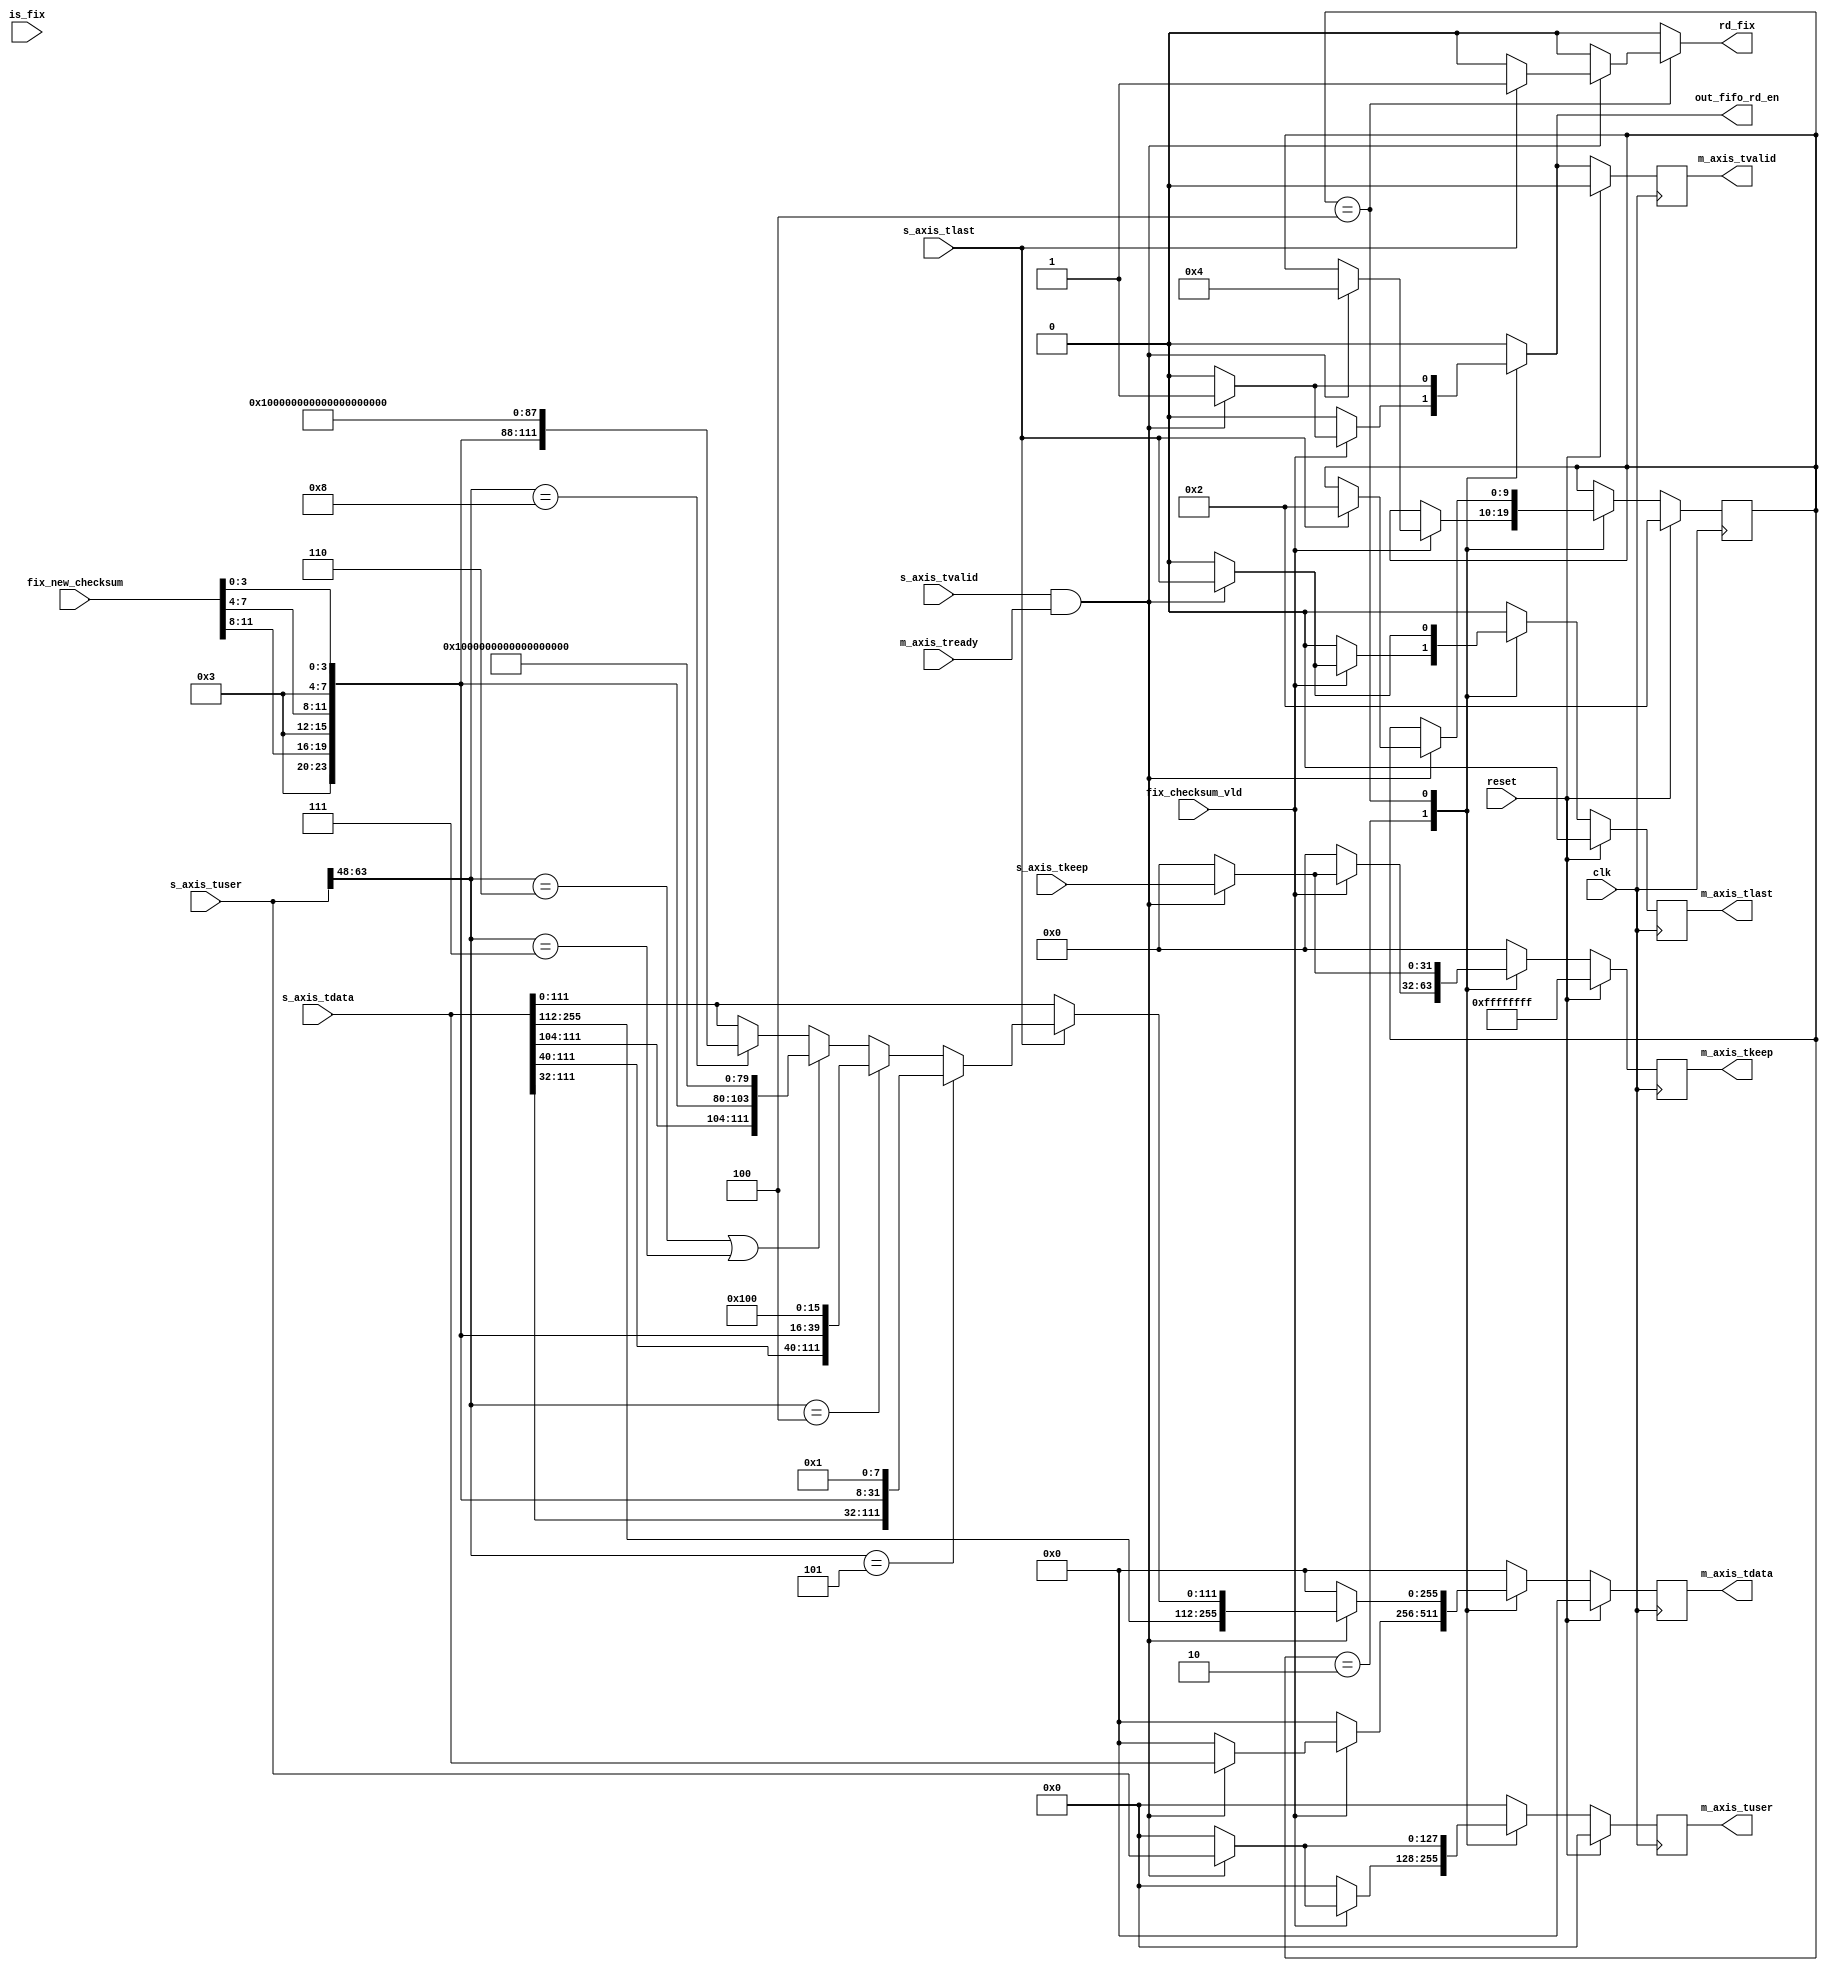
///////////////////////////////////////////////////////////////////////////////
//
// Module: pkt_buffer.v
// Description: pkt buffer for tcp checksum
//              
//              
//
///////////////////////////////////////////////////////////////////////////////
`timescale 1ns/100ps
module pkt_buffer_fix_checksum
  #(//Master AXI Stream Data Width
    parameter C_M_AXIS_DATA_WIDTH = 256,
    parameter C_S_AXIS_DATA_WIDTH = 256,
    parameter C_M_AXIS_TUSER_WIDTH  = 128,
    parameter C_S_AXIS_TUSER_WIDTH  = 128 )
  (// --- interface to input fifo - fallthrough

    // Global Ports
    input clk,
    input reset,

    // Master Stream Ports (interface to data path)
    output reg[C_M_AXIS_DATA_WIDTH - 1:0]          m_axis_tdata,
    output reg[((C_M_AXIS_DATA_WIDTH / 8)) - 1:0]  m_axis_tkeep,
    output reg                                     m_axis_tvalid,
    input                                          m_axis_tready,
    output reg                                     m_axis_tlast,
    output reg[C_M_AXIS_TUSER_WIDTH -1 :0]	   m_axis_tuser,

    // Slave Stream Ports (interface to RX queues)
    input [C_S_AXIS_DATA_WIDTH - 1:0]              s_axis_tdata,
    input [((C_S_AXIS_DATA_WIDTH / 8)) - 1:0]      s_axis_tkeep,
    input                                          s_axis_tvalid,
   // output reg                                     s_axis_tready,
    input                                          s_axis_tlast,
    input[C_S_AXIS_TUSER_WIDTH-1:0]	  	   s_axis_tuser,
  

   //output reg 			                        in_rdy_buff,
   output reg                                       rd_fix,
   input [11:0]			                    fix_new_checksum,
   input			                    fix_checksum_vld,   
   input			                    is_fix,

   output reg                                       out_fifo_rd_en

   
  );

   function integer log2;
      input integer number;
      begin
         log2=0;
         while(2**log2<number) begin
            log2=log2+1;
         end
      end
   endfunction // log2
   
   //---------------------- Internal parameters -------------------------
   localparam WAIT = 1;
   localparam WORD_1 = 2;
   localparam WORD_2 = 4;
   localparam WORD_3 = 8;
   localparam WORD_4 = 16;
   localparam PASS_PKT = 32;
   localparam END = 64;
   localparam NUM_STATES = 10;
   //---------------------- Wires and regs -------------------------
   reg [NUM_STATES-1:0] state;
   reg [NUM_STATES-1:0] state_next;

   reg [C_M_AXIS_DATA_WIDTH-1:0]     out_tdata_next;
   reg [(C_M_AXIS_DATA_WIDTH/8)-1:0] out_tkeep_next;
   reg                               out_tvalid_next;
   reg [C_M_AXIS_TUSER_WIDTH-1:0]   out_tuser_next;
   reg				     out_tlast_next;
   reg				     out_fifo_rd_en_next;

   reg counter;
   reg counter_next;


   //-------------------------- Logic ------------------------------

     
   always @(*) begin
        out_tkeep_next  = 32'h0;
        out_tdata_next  = 256'h0;
	out_tuser_next  = 128'h0;
	out_tlast_next  = 0;
        out_tvalid_next = 0;
	rd_fix ='b0;
        out_fifo_rd_en = 'b0;
	state_next = state;
	counter_next = counter;
        case(state)
//            WAIT: begin
/*
		if(fix_checksum_vld)begin
			if(s_axis_tuser[47:32]==16'h01)begin //TCP packet
				state_next = PASS_PKT;
			end
			if(s_axis_tuser[47:32]==16'h02)begin //FIX packet
				state_next = WORD_1;
			end
		end
*/
		/*
                if(s_axis_tvalid && m_axis_tready) begin
                                out_fifo_rd_en = 1;
                                m_axis_tdata_next = s_axis_tdata;
                                m_axis_tuser_next = s_axis_tuser;
                                m_axis_tlast_next = s_axis_tlast;
                                m_axis_tkeep_next = s_axis_tkeep;
                                m_axis_tvalid_next = 1;
				
                                
                end
		*/
//            end
/*
	    PASS_PKT: begin
		if(s_axis_tvalid && m_axis_tready)begin
			   out_fifo_rd_en = 1;
                           out_tkeep_next = s_axis_tkeep;
                           out_tlast_next = s_axis_tlast;
                           out_tuser_next = s_axis_tuser;
                           out_tdata_next = s_axis_tdata;
                           out_tvalid_next = 1;
			   counter_next = counter_next + 1;
			   if(s_axis_tlast && s_axis_tvalid)begin
				state_next = WAIT;
				rd_fix = 1;
			   end		
		end
	    end
*/ 
            WORD_1: begin
		if(fix_checksum_vld) begin
                	if(s_axis_tvalid && m_axis_tready) begin
        	    	   out_fifo_rd_en = 1;
			   out_tkeep_next = s_axis_tkeep;
			   out_tlast_next = s_axis_tlast;
			   out_tuser_next = s_axis_tuser;
                           out_tdata_next = s_axis_tdata;
                           out_tvalid_next = 1;
                    	   state_next = WORD_2;
               		end
		end
            end


            WORD_2: begin
                  if(s_axis_tvalid && m_axis_tready) begin
        	    out_fifo_rd_en = 1;
		    out_tvalid_next = 1;
                    out_tdata_next = s_axis_tdata;
                    out_tkeep_next = s_axis_tkeep;
                    out_tlast_next = s_axis_tlast;
                    out_tuser_next = s_axis_tuser;
		   
                    if(s_axis_tlast) begin
/*
                       if(s_axis_tuser[63:48]== 16'h27)begin //Test_req_Heartbeat
			   out_tdata_next = {s_axis_tdata[255:72]  ,{4'h3},fix_new_checksum[11:8],{4'h3},fix_new_checksum[7:4],{4'h3},fix_new_checksum[3:0],{8'h01},{40'h0}};
                       end
*/
		       if(s_axis_tuser[63:48]== 16'h05)begin
			   out_tdata_next = {s_axis_tdata[255:32],{4'h3},fix_new_checksum[11:8],{4'h3},fix_new_checksum[7:4],{4'h3},fix_new_checksum[3:0],{8'h01}};
		       end
                       else if(s_axis_tuser[63:48]== 16'h04)begin //Logon
		 	    out_tdata_next ={s_axis_tdata[255:40],{4'h3},fix_new_checksum[11:8],{4'h3},fix_new_checksum[7:4],{4'h3},fix_new_checksum[3:0],{8'h01},{8'h00}};
     		       end
                       else if(s_axis_tuser[63:48]== 16'h06||s_axis_tuser[63:48]==16'h07)begin //Heartbeat&Logout
                           out_tdata_next = {s_axis_tdata[255:104],{4'h3},fix_new_checksum[11:8],{4'h3},fix_new_checksum[7:4],{4'h3},fix_new_checksum[3:0],{8'h01},{8'h0},{64'h0}};
                       end
/*
		       else if(s_axis_tuser[63:48]==16'h08)begin //Order_cancel
			   out_tdata_next = {{4'h3},fix_new_checksum[11:8],{4'h3},fix_new_checksum[7:4],{4'h3},fix_new_checksum[3:0],{8'h01},s_axis_tdata[223:0]};
		       end
*/
                       else if(s_axis_tuser[63:48]==16'h08)begin //Order_cancel
                           //out_tdata_next = {s_axis_tdata[255:168],{4'h3},fix_new_checksum[11:8],{4'h3},fix_new_checksum[7:4],{4'h3},fix_new_checksum[3:0],{8'h01},{8'h00},128'h0}; 
                           out_tdata_next = {s_axis_tdata[255:112],{4'h3},fix_new_checksum[11:8],{4'h3},fix_new_checksum[7:4],{4'h3},fix_new_checksum[3:0],{8'h01},80'h0};
                       end

		       else begin
			   out_tdata_next = s_axis_tdata;	   
		       end

                       state_next = WORD_1;
                       rd_fix = 1;
                    end
                  end
            end

        endcase
   end
   always @(posedge clk) begin
	   if(reset) begin
		state <= WORD_1;
          	m_axis_tdata      <= 0;
          	m_axis_tkeep      <= 'hFFFFFFFF;
          	m_axis_tvalid     <= 0;
		m_axis_tuser      <= 0;
		m_axis_tlast      <= 0;
          	counter 	  <= 0;
          end
	   else begin
          	m_axis_tdata      <= out_tdata_next;
          	m_axis_tkeep      <= out_tkeep_next;
          	m_axis_tvalid     <= out_tvalid_next;
		m_axis_tuser	  <= out_tuser_next;
		m_axis_tlast      <= out_tlast_next;
	  	state 	    	  <= state_next;
          	counter 	  <= counter_next;

	   end
   end



endmodule